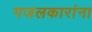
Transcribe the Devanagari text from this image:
गजलकारांना